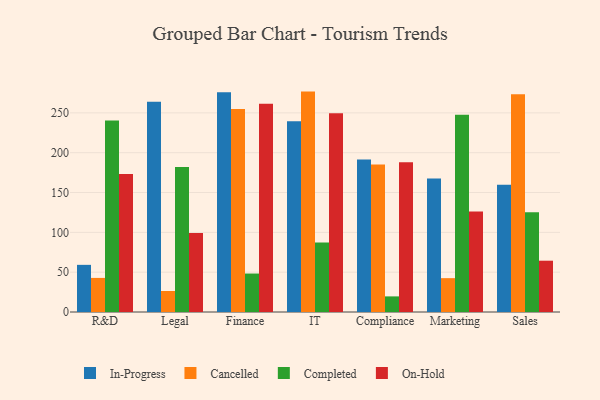
{"axis": {"x": "Department", "y": "Demand Index"}, "legend": ["Cancelled", "Completed", "In-Progress", "On-Hold"], "data": [{"x": "R&D", "y": 59.2, "type": "In-Progress"}, {"x": "R&D", "y": 42.8, "type": "Cancelled"}, {"x": "R&D", "y": 240.5, "type": "Completed"}, {"x": "R&D", "y": 173.2, "type": "On-Hold"}, {"x": "Legal", "y": 264.1, "type": "In-Progress"}, {"x": "Legal", "y": 26.4, "type": "Cancelled"}, {"x": "Legal", "y": 181.9, "type": "Completed"}, {"x": "Legal", "y": 99.3, "type": "On-Hold"}, {"x": "Finance", "y": 275.8, "type": "In-Progress"}, {"x": "Finance", "y": 254.8, "type": "Cancelled"}, {"x": "Finance", "y": 48.3, "type": "Completed"}, {"x": "Finance", "y": 261.3, "type": "On-Hold"}, {"x": "IT", "y": 239.4, "type": "In-Progress"}, {"x": "IT", "y": 276.7, "type": "Cancelled"}, {"x": "IT", "y": 87.2, "type": "Completed"}, {"x": "IT", "y": 249.5, "type": "On-Hold"}, {"x": "Compliance", "y": 191.3, "type": "In-Progress"}, {"x": "Compliance", "y": 185.1, "type": "Cancelled"}, {"x": "Compliance", "y": 19.6, "type": "Completed"}, {"x": "Compliance", "y": 188.0, "type": "On-Hold"}, {"x": "Marketing", "y": 167.5, "type": "In-Progress"}, {"x": "Marketing", "y": 42.5, "type": "Cancelled"}, {"x": "Marketing", "y": 247.7, "type": "Completed"}, {"x": "Marketing", "y": 126.1, "type": "On-Hold"}, {"x": "Sales", "y": 159.8, "type": "In-Progress"}, {"x": "Sales", "y": 273.3, "type": "Cancelled"}, {"x": "Sales", "y": 125.2, "type": "Completed"}, {"x": "Sales", "y": 64.4, "type": "On-Hold"}]}